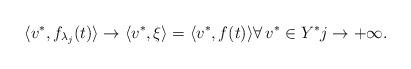
LaTeX: \begin{align*}\langle v^\ast, f_{\lambda _j}(t) \rangle \rightarrow \langle v^\ast, \xi \rangle= \langle v^\ast, f(t) \rangle \forall\, v^\ast \in Y^\ast j \rightarrow +\infty. \end{align*}